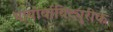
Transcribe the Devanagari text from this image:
थायोर्बाबिट्युरीक